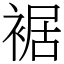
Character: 裾